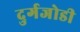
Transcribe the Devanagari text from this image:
दुर्गजोडी